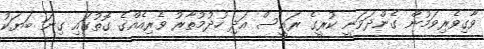
ވާގިވެރިވަމުން ގެންދަވަނީ ކުރީގެ ރައީސް އަދި ހުދުމުތާރު ވެރިއެއްގެ ގޮތުގައި ގިނަ ބަޔަކު